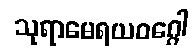
သုရာမေရယဝဂ္ဂေါ